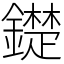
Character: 𨭣